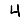
Digit: 4